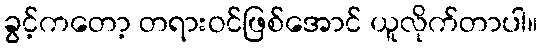
ခွင့်ကတော့ တရားဝင်ဖြစ်အောင် ယူလိုက်တာပါ။